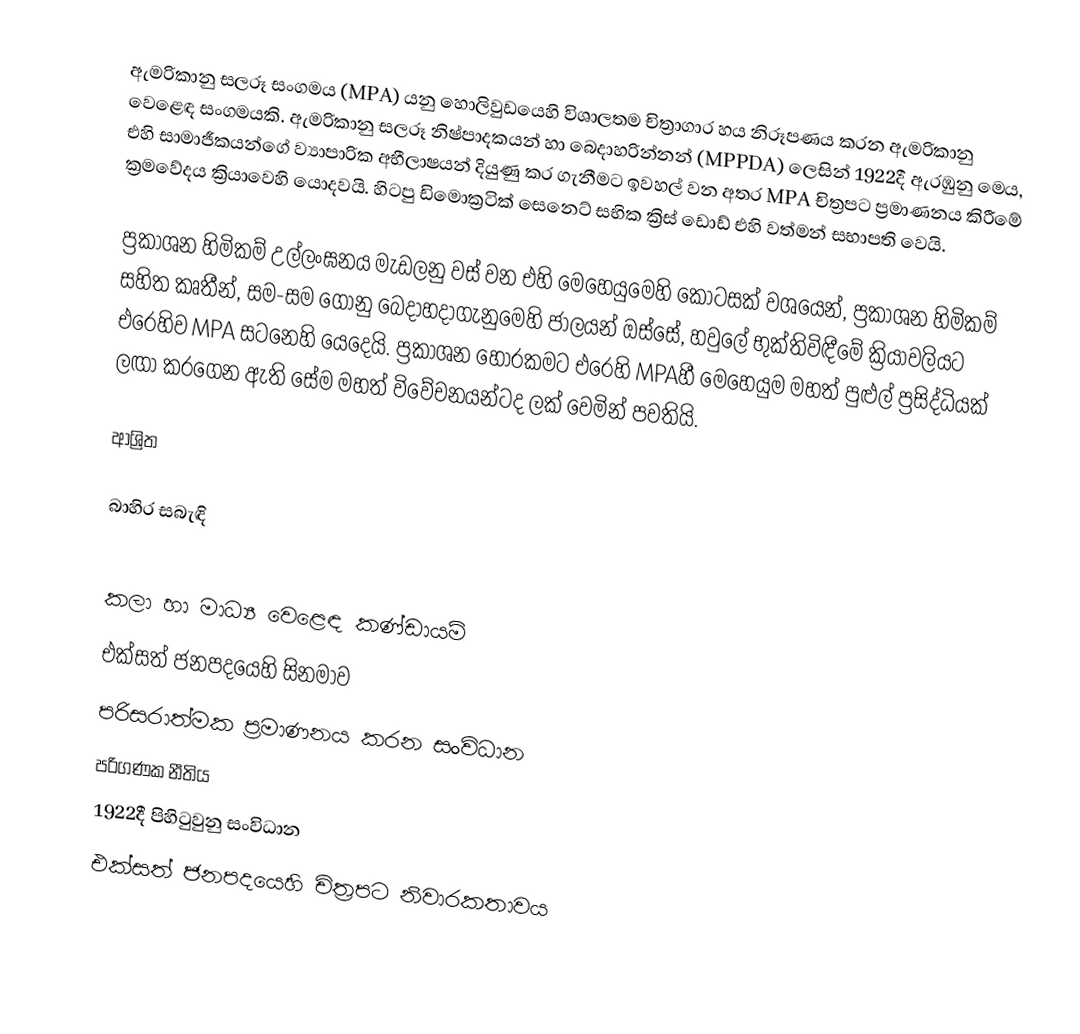
ඇමරිකානු සලරූ සංගමය (MPA) යනු  හොලිවුඩයෙහි විශාලතම  චිත්‍රාගාර  හය නිරූපණය කරන ඇමරිකානු   වෙළෙඳ සංගමයකි.   ඇමරිකානු සලරූ නිෂ්පාදකයන් හා බෙදාහරින්නන්  (MPPDA) ලෙසින් 1922දී ඇරඹුනු මෙය, එහි සාමාජීකයන්ගේ ව්‍යාපාරික අභීලාෂයන් දියුණු කර ගැනීමට ඉවහල් වන අතර MPA චිත්‍රපට ප්‍රමාණනය කිරීමේ ක්‍රමවේදය ක්‍රියාවෙහි යොදවයි. හිටපු ඩිමොක්‍රටික් සෙනෙට් සභික  ක්‍රිස් ඩොඩ් එහි වත්මන් සභාපති වෙයි.

ප්‍රකාශන හිමිකම් උල්ලංඝනය මැඩලනු වස් වන එහි මෙහෙයුමෙහි කොටසක් වශයෙන්,  ප්‍රකාශන හිමිකම් සහිත කෘතීන්,  සම-සම ගොනු බෙදාහදාගැනුමෙහි ජාලයන් ඔස්සේ,  හවුලේ භුක්තිවිඳීමේ ක්‍රියාවලියට  එරෙහිව MPA සටනෙහි යෙදෙයි. ප්‍රකාශන හොරකමට එරෙහි MPAහී මෙහෙයුම මහත් පුළුල්  ප්‍රසිද්ධියක් ලඟා කරගෙන ඇති සේම  මහත් විවේචනයන්ටද ලක් වෙමින් පවතියි.

ආශ්‍රිත

බාහිර සබැඳි

කලා හා මාධ්‍ය වෙළෙඳ කණ්ඩායම්
එක්සත් ජනපදයෙහි සිනමාව
පරිසරාත්මක ප්‍රමාණනය කරන සංවිධාන
පරිගණක නීතිය
 1922දී පිහිටුවුනු සංවිධාන
එක්සත් ජනපදයෙහි චිත්‍රපට නිවාරකතාවය